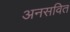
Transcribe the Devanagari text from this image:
अनसवित